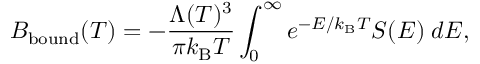
B _ { \mathrm { b o u n d } } ( T ) = - \frac { \Lambda ( T ) ^ { 3 } } { \pi k _ { \mathrm { B } } T } \int _ { 0 } ^ { \infty } e ^ { - E / k _ { \mathrm { B } } T } S ( E ) \; d E ,